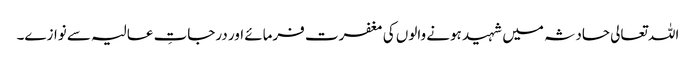
اللہ تعالی حادثہ میں شہید ہونے والوں کی مغفرت فرمائے اور درجاتِ عالیہ سے نوازے۔